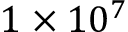
1 \times 1 0 ^ { 7 }